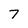
Character: 7